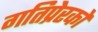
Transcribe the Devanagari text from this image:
गतिप्रेरकों